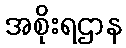
အစိုးရဌာန